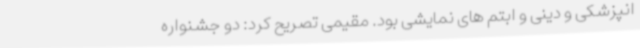
انپزشکی و دینی و ابتم های نمایشی بود. مقیمی تصریح کرد: دو جشنواره